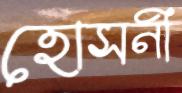
হোসনী